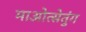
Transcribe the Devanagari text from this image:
माओत्सेतुंग